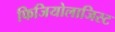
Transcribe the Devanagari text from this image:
फिजियोलाजिस्ट